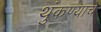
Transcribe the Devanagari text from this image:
थुंकण्याचे